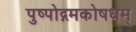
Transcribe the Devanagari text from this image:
पुष्पोद्गमकोषधम्